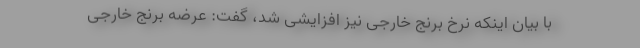
با بیان اینکه نرخ برنج خارجی نیز افزایشی شد، گفت: عرضه برنج خارجی